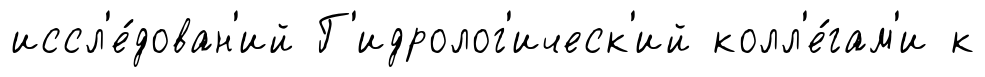
иссл'е́дован'ий Г'идролог'ическ'ий колл'е́гам'и к